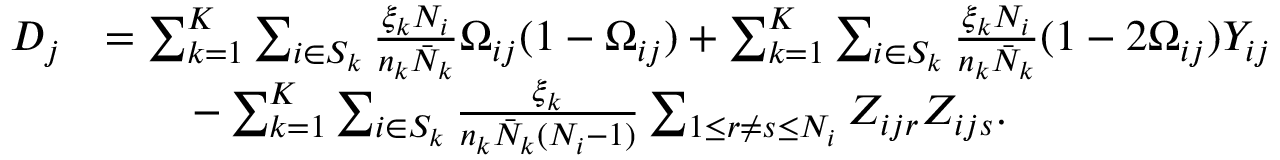
\begin{array} { r l } { D _ { j } } & { = \sum _ { k = 1 } ^ { K } \sum _ { i \in S _ { k } } \frac { \xi _ { k } N _ { i } } { n _ { k } \bar { N } _ { k } } \Omega _ { i j } ( 1 - \Omega _ { i j } ) + \sum _ { k = 1 } ^ { K } \sum _ { i \in S _ { k } } \frac { \xi _ { k } N _ { i } } { n _ { k } \bar { N } _ { k } } ( 1 - 2 \Omega _ { i j } ) Y _ { i j } } \\ & { \qquad - \sum _ { k = 1 } ^ { K } \sum _ { i \in S _ { k } } \frac { \xi _ { k } } { n _ { k } \bar { N } _ { k } ( N _ { i } - 1 ) } \sum _ { 1 \leq r \neq s \leq N _ { i } } Z _ { i j r } Z _ { i j s } . } \end{array}